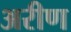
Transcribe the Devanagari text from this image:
अरीण